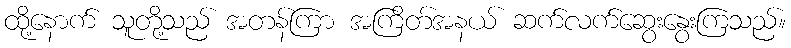
ထို့နောက် သူတို့သည် အတန်ကြာ အကြိတ်အနယ် ဆက်လက်ဆွေးနွေးကြသည်။